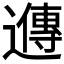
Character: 𬩘